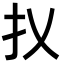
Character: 𢩩